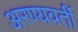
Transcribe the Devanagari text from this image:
अरण्यवर्ती